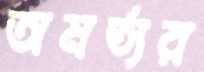
অমর্ত্যর